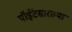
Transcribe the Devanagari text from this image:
पॉईंटसारख्या